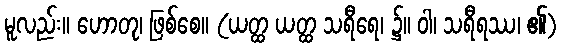
မူလည်း။ ဟောတု၊ ဖြစ်စေ။ (ယတ္ထ ယတ္ထ သရီရေ၊ ၌။ ဝါ၊ သရီရဿ၊ ၏)